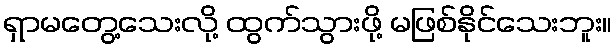
ရှာမတွေ့သေးလို့ ထွက်သွားဖို့ မဖြစ်နိုင်သေးဘူး။